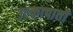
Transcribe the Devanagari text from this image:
उल्कापातों